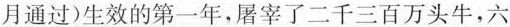
月通过)生效的第一年，屠宰了二千三百万头牛，六